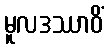
မူလဒဿာဝိံ